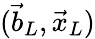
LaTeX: (\vec{b}_{L},\vec{x}_{L})